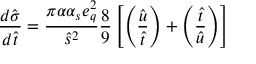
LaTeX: \frac { d \hat { \sigma } } { d \hat { t } } = \frac { \pi \alpha \alpha _ { s } e _ { q } ^ { 2 } } { \hat { s } ^ { 2 } } \frac { 8 } { 9 } \left[ \left( \frac { \hat { u } } { \hat { t } } \right) + \left( \frac { \hat { t } } { \hat { u } } \right) \right]